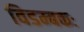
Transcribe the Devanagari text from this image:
विडम्बकः